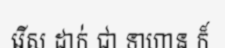
រើស ដាក់ ជា ទាហាន ក៏